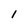
Character: l